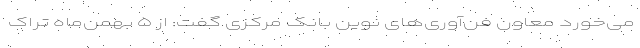
می‌خورد معاون فن‌آوری‌های نوین بانک مرکزی گفت: از ۵ بهمن‌ماه تراک